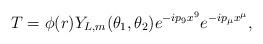
LaTeX: \begin{align*}T=\phi(r)Y_{L,m}(\theta_1,\theta_2)e^{-ip_9x^9}e^{-ip_\mu x^\mu},\end{align*}